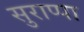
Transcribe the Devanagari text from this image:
सुराप्पा